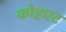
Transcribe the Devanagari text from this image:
कोहएट